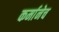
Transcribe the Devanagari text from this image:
कर्मानेच